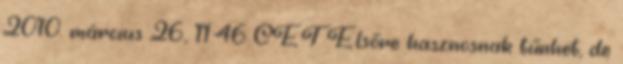
2010. március 26., 11:46 CET Elsőre hasznosnak tűnhet, de